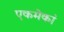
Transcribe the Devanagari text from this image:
एकमेकां